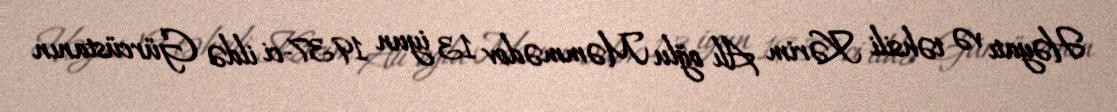
Həyatı və təhsili Kərim Alı oğlu Məmmədov 13 iyun 1937-ci ildə Gürcüstanın